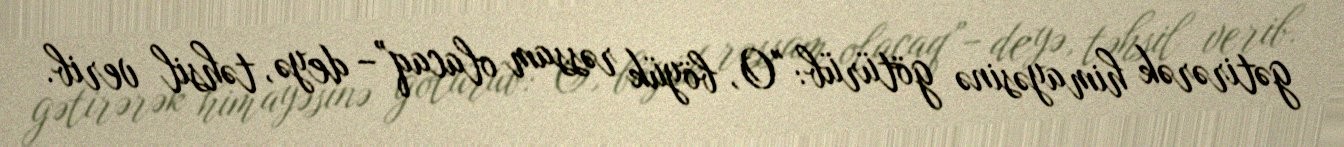
gətirərək himayəsinə götürüb: "O, böyük rəssam olacaq”– deyə, təhsil verib.